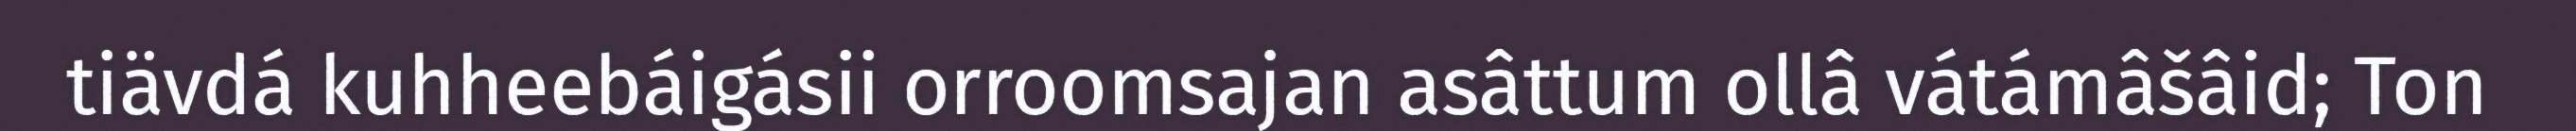
tiävdá kuhheebáigásii orroomsajan asâttum ollâ vátámâšâid; Ton